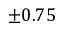
\pm 0 . 7 5